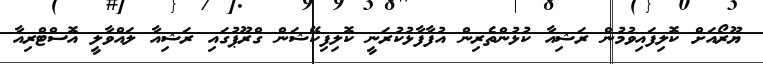
ޔޫރޯއަށް ކޮލިފައިވުމުން ރަޝިއާ ކުޅުންތެރިން އުފާފާޅުކުރަނީ ކޮލިފިކޭޝަން ގްރޫޕުގައި ރަޝިއާ ލައްވާލީ އޮސްޓްރިއާ